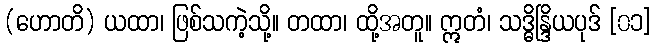
(ဟောတိ) ယထာ၊ ဖြစ်သကဲ့သို့။ တထာ၊ ထို့အတူ။ ဣတံ၊ သဒ္ဓိန္ဒြိယပုဒ် [၀၁]